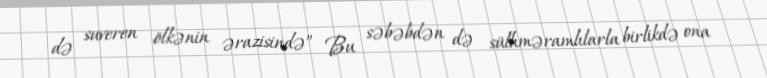
də suveren ölkənin ərazisində” Bu səbəbdən də sülhməramlılarla birlikdə ona